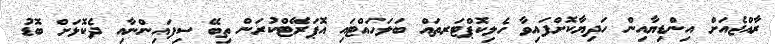
ރާއްޖެއަށް އިންޑިޔާއިން ހަދިޔާކޮށްފައިވާ ހެލިކޮޕްޓަރތައް ބަލަހައްޓައި އޮޕަރޭޓްކުރަން ތިބޭ ސިފައިންނާއި ދެކޮޅަށް ބޮޑު